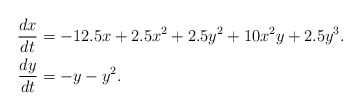
\begin{align*}\frac{dx}{dt} &=-12.5x+2.5x^2+2.5y^2+10x^2y+2.5y^3.\\\frac{dy}{dt} & =-y-y^2.\\\end{align*}